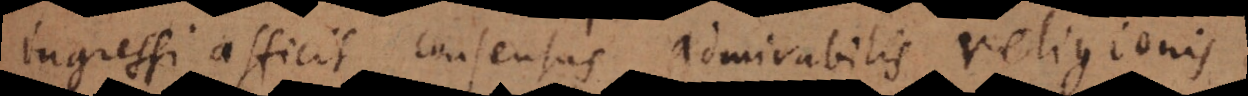
ingressi afficit consensus admirabilis religionis